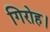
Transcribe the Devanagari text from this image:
गिरोह।